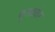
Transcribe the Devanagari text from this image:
घूसख़ोर